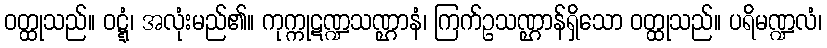
ဝတ္ထုသည်။ ဝဋ္ဋံ၊ အလုံးမည်၏။ ကုက္ကုဋဏ္ဍသဏ္ဌာနံ၊ ကြက်ဥသဏ္ဌာန်ရှိသော ဝတ္ထုသည်။ ပရိမဏ္ဍလံ၊